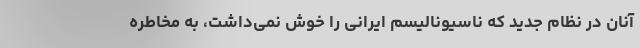
آنان در نظام جدید که ناسیونالیسم ایرانی را خوش نمی‌داشت، به مخاطره